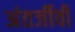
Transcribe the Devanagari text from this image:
अंतर्जीवी